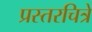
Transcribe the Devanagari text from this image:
प्रस्तरचित्रे